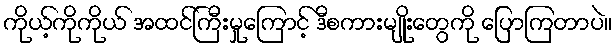
ကိုယ့်ကိုကိုယ် အထင်ကြီးမှုကြောင့် ဒီစကားမျိုးတွေကို ပြောကြတာပဲ။